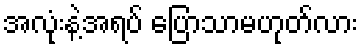
အလုံးနဲ့အရပ် ပြောသာမဟုတ်လား